Supplement to the account of plague administration in the Bombay Presidency from September 1896 till May 1897
Year: 1896
Disease focus: Plague
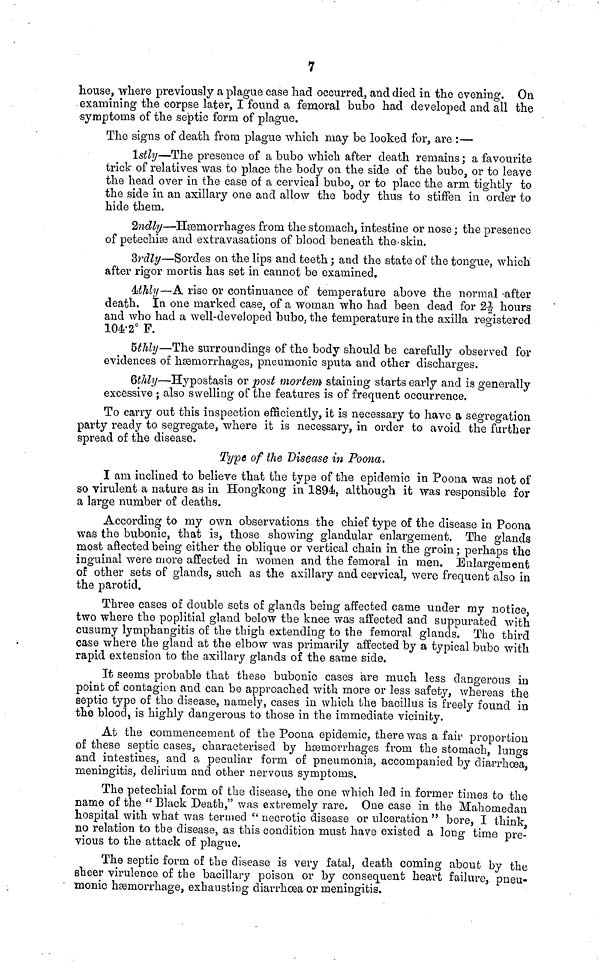
7
house, where previously a plague case had occurred, and died in the evening. On
examining the corpse later, I found a femoral bubo had developed and all the
symptoms of the septic form of plague.
The signs of death from plague which may be looked for, are :—
1stly—The presence of a bubo which after death remains ; a favourite
trick of relatives was to place the body on the side of the bubo, or to leave
the head over in the case of a cervical bubo, or to place the arm tightly to
the side in an axillary one and allow the body thus to stiffen in order to
hide them.
2ndly—Hæmorrhages from the stomach, intestine or nose ; the presence
of petechiæ and extravasations of blood beneath the skin.
3rdly—Sordes on the lips and teeth ; and the state of the tongue, which
after rigor mortis has set in cannot be examined.
4thly—A rise or continuance of temperature above the normal after
death. In one marked case, of a woman who had been dead for 2½ hours
and who had a well-developed bubo, the temperature in the axilla registered
104.2° F.
5thly—The surroundings of the body should be carefully observed for
evidences of hæmorrhages, pneumonic sputa and other discharges.
6thly—Hypostasis or post mortem staining starts early and is generally
excessive ; also swelling of the features is of frequent occurrence.
To carry out this inspection efficiently, it is necessary to have a segregation
party ready to segregate, where it is necessary, in order to avoid the further
spread of the disease.
Type of the Disease in Poona.
I am inclined to believe that the type of the epidemic in Poona was not of
so virulent a nature as in Hongkong in 1894, although it was responsible for
a large number of deaths.
According to my own observations the chief type of the disease in Poona
was the bubonic, that is, those showing glandular enlargement. The glands
most aflected being either the oblique or vertical chain in the groin ; perhaps the
inguinal were more affected in women and the femoral in men. Enlargement
of other sets of glands, such as the axillary and cervical, were frequent also in
the parotid.
Three cases of double sets of glands being affected came under my notice,
two where the poplitial gland below the knee was affected and suppurated with
cusumy lymphangitis of the thigh extending to the femoral glands. The third
case where the gland at the elbow was primarily affected by a typical bubo with
rapid extension to the axillary glands of the same side.
It seems probable that these bubonic cases are much less dangerous in
point of contagion and can be approached with more or less safety, whereas the
septic type of the disease, namely, cases in which the bacillus is freely found in
the blood, is highly dangerous to those in the immediate vicinity.
At the commencement of the Poona epidemic, there was a fair proportion
of these septic cases, characterised by hæmorrhages from the stomach, lungs
and intestines, and a peculiar form of pneumonia, accompanied by diarrhœa,
meningitis, delirium and other nervous symptoms.
The petechial form of the disease, the one which led in former times to the
name of the " Black Death," was extremely rare. One case in the Mahomedan
hospital with what was termed " necrotic disease or ulceration " bore, I think
no relation to the disease, as this condition must have existed a long time pre-
vious to the attack of plague.
The septic form of the disease is very fatal, death coming about by the
sheer virulence of the bacillary poison or by consequent heart failure, pneu-
monic hæmorrhage, exhausting diarrhœa or meningitis.